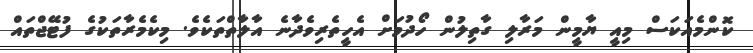
ކޮންމެއަކަސް މިއީ ޔާމީން މަރާލި ގާތިލުން ހޯދުމަށް އެހީތެރިވެދާނެ އާލާތްތަކެވެ. މިކެމެރާތަކުގެ ފުޓޭޖްތައް